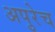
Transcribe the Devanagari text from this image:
अपुरेच